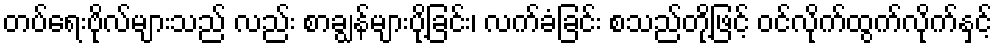
တပ်ရေးဗိုလ်များသည် လည်း စာချွန်များပို့ခြင်း၊ လက်ခံခြင်း စသည်တို့ဖြင့် ဝင်လိုက်ထွက်လိုက်နှင့်